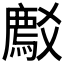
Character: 𬋽